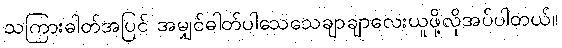
သကြားဓါတ်အပြင် အမျှင်ဓါတ်ပါသေသေချာချာလေးယူဖို့လိုအပ်ပါတယ်။